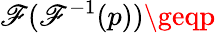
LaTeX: \mathscr{F}(\mathscr{F}^{-1}(p))\geqp